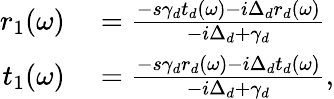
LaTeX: \begin{array}{rl}{r_{1}(\omega)}&{{}=\frac{-s\gamma_{d}t_{d}(\omega)-i\Delta_{d}r_{d}(\omega)}{-i\Delta_{d}+\gamma_{d}}}\\ {t_{1}(\omega)}&{{}=\frac{-s\gamma_{d}r_{d}(\omega)-i\Delta_{d}t_{d}(\omega)}{-i\Delta_{d}+\gamma_{d}},}\end{array}